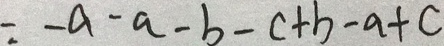
= - a - a - b - c + b - a + c